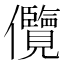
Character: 𭀓